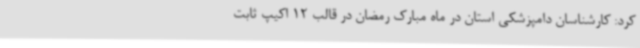
کرد: کارشناسان دامپزشکی استان در ماه مبارک رمضان در قالب 12 اکیپ ثابت